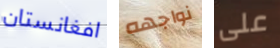
افغانستان نواجهه على